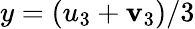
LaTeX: y=(u_{3}+\mathbf{v}_{3})/3